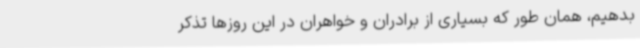
بدهیم، همان طور که بسیاری از برادران و خواهران در این روزها تذکر